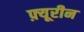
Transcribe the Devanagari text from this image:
फ़्यूरीन